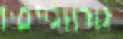
נורווגייםיו